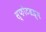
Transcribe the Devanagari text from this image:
स्फोटब्रह्म